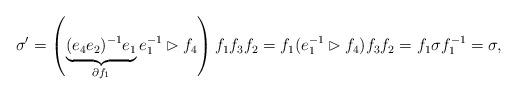
LaTeX: \begin{align*}\sigma' = \left( \underbrace{(e_4 e_2)^{-1} e_1}_{\partial f_1} e_1^{-1} \rhd f_4 \right) f_1 f_3 f_2 = f_1 (e_1^{-1} \rhd f_4 ) f_3 f_2 = f_1 \sigma f_1^{-1} = \sigma,\end{align*}